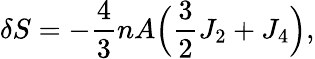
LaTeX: \begin{array}{l}{\displaystyle{\delta S=-\frac{4}{3}nA\Big(\frac{3}{2}J_{2}+J_{4}\Big),}}\end{array}